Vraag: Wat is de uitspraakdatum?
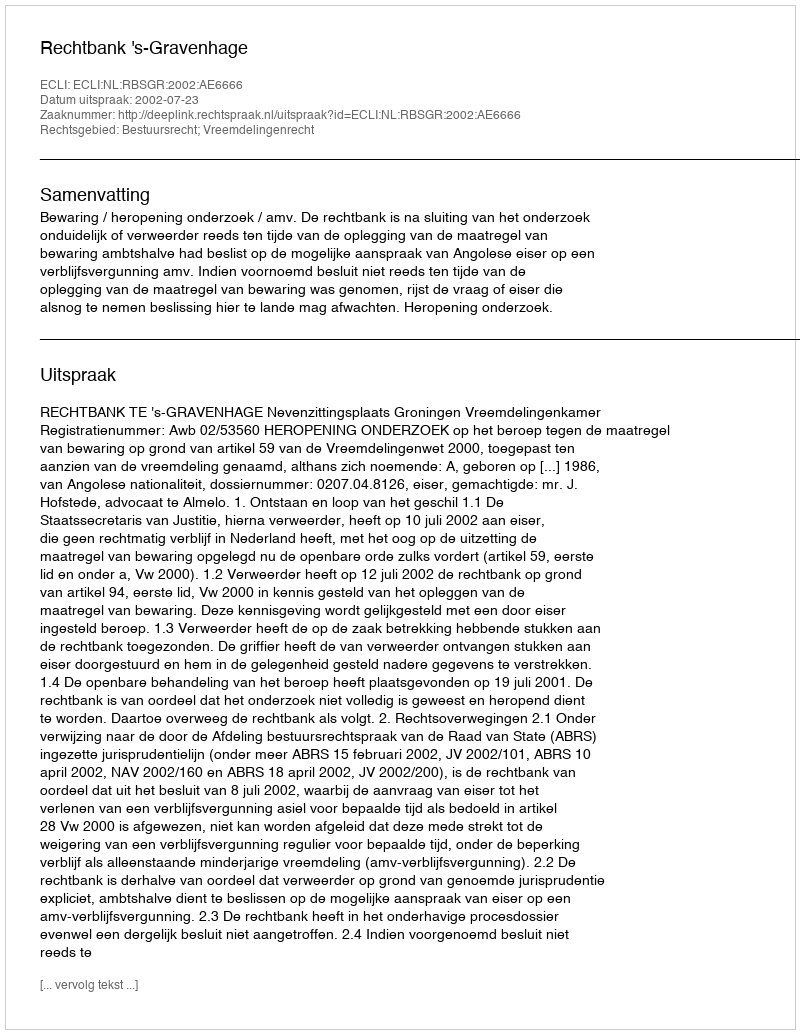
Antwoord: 2002-07-23